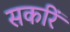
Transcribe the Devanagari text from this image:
सर्कारें